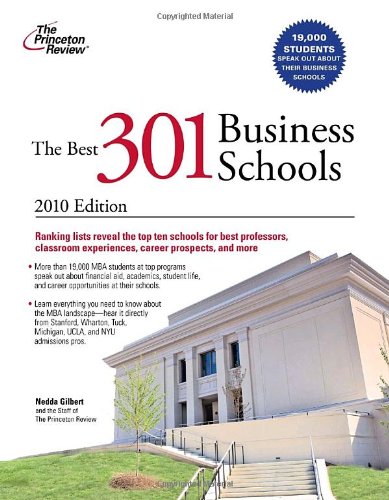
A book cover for The Best 301 Business Schools, 2010 Edition (Graduate School Admissions Guides); Princeton Review; Education & Teaching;